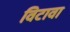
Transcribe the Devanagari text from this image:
विटावा